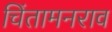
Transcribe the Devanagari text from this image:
चिंतामनराव